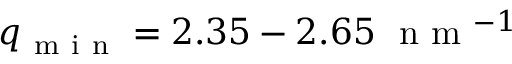
q _ { \mathrm { ~ m ~ i ~ n ~ } } = 2 . 3 5 \- - 2 . 6 5 \ \mathrm { ~ n ~ m ~ } ^ { - 1 }